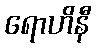
ရောဟိနီ